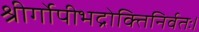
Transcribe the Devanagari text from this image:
श्रीर्गोपीभद्रोक्तिनिर्वतः।